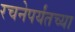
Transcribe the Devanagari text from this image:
रचनेपर्यंतच्या